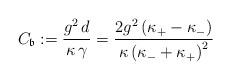
LaTeX: \begin{align*}C_\mathfrak{b} := \frac{g^2 \, d}{\kappa \, \gamma} = \frac{ 2 g^2 \left( \kappa_+ - \kappa_- \right) }{ \kappa \left( \kappa_- + \kappa_+ \right)^2 }\end{align*}